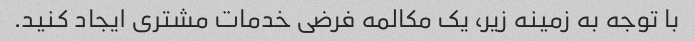
با توجه به زمینه زیر، یک مکالمه فرضی خدمات مشتری ایجاد کنید.